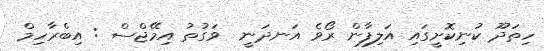
ހިތަދޫ ކުނިކޮށީގައި އަލިފާން ރޯވެ އަނދަނީ  ވަގުތު އިމޭޖްސް : އިބްރާހިމް